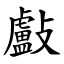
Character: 㪭